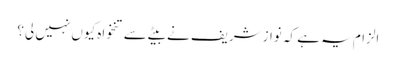
الزام یہ ہے کہ نوازشریف نے بیٹے سے تنخواہ کیوں نہیں لی؟